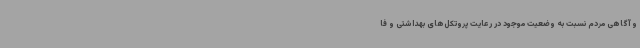
و آگاهی مردم نسبت به وضعیت موجود در رعایت پروتکل‌های بهداشتی و فا